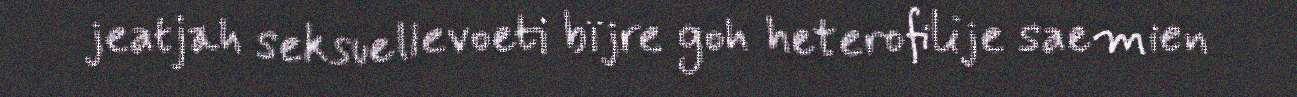
jeatjah seksuellevoeti bïjre goh heterofilije saemien